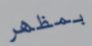
بمظهر